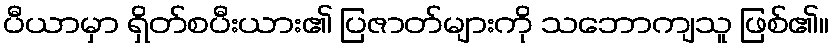
ပီယာမှာ ရှိတ်စပီးယား၏ ပြဇာတ်များကို သဘောကျသူ ဖြစ်၏။